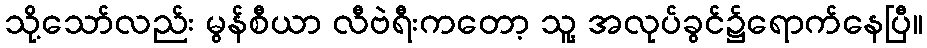
သို့သော်လည်း မွန်စီယာ လီဗဲရီးကတော့ သူ့ အလုပ်ခွင်၌ရောက်နေပြီ။